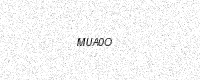
Text: MUA0O